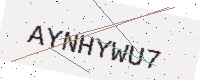
Text: AYNHYWU7